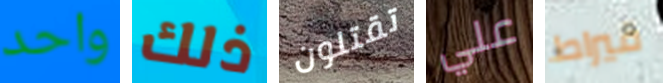
واحد ذلك تقتلون علي قيراط